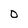
Character: 0